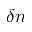
\delta n